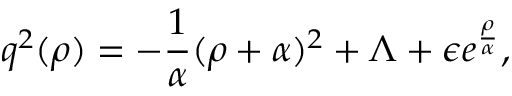
q ^ { 2 } ( \rho ) = - { \frac { 1 } { \alpha } } ( \rho + \alpha ) ^ { 2 } + \Lambda + \epsilon e ^ { \frac { \rho } { \alpha } } ,